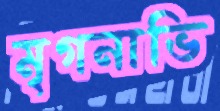
মৃগনাভি